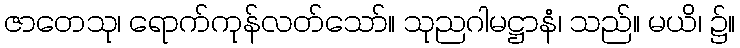
ဇာတေသု၊ ရောက်ကုန်လတ်သော်။ သုညဂါမဋ္ဌာနံ၊ သည်။ မယိ၊ ၌။